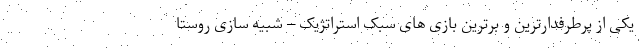
یکی از پرطرفدارترین و برترین بازی های سبک استراتژیک – شبیه سازی روستا